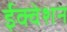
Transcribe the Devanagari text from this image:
ईक्वेशन